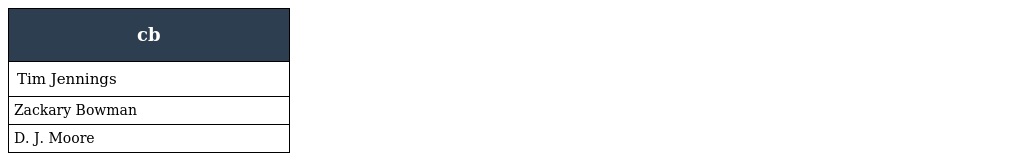
| cb |
 | --- |
 | Tim Jennings |
 | Zackary Bowman |
 | D. J. Moore |